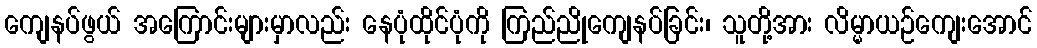
ကျေနပ်ဖွယ် အကြောင်းများမှာလည်း နေပုံထိုင်ပုံကို ကြည်ညိုကျေနပ်ခြင်း၊ သူတို့အား လိမ္မာယဉ်ကျေးအောင်